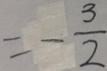
= - \frac { 3 } { 2 }